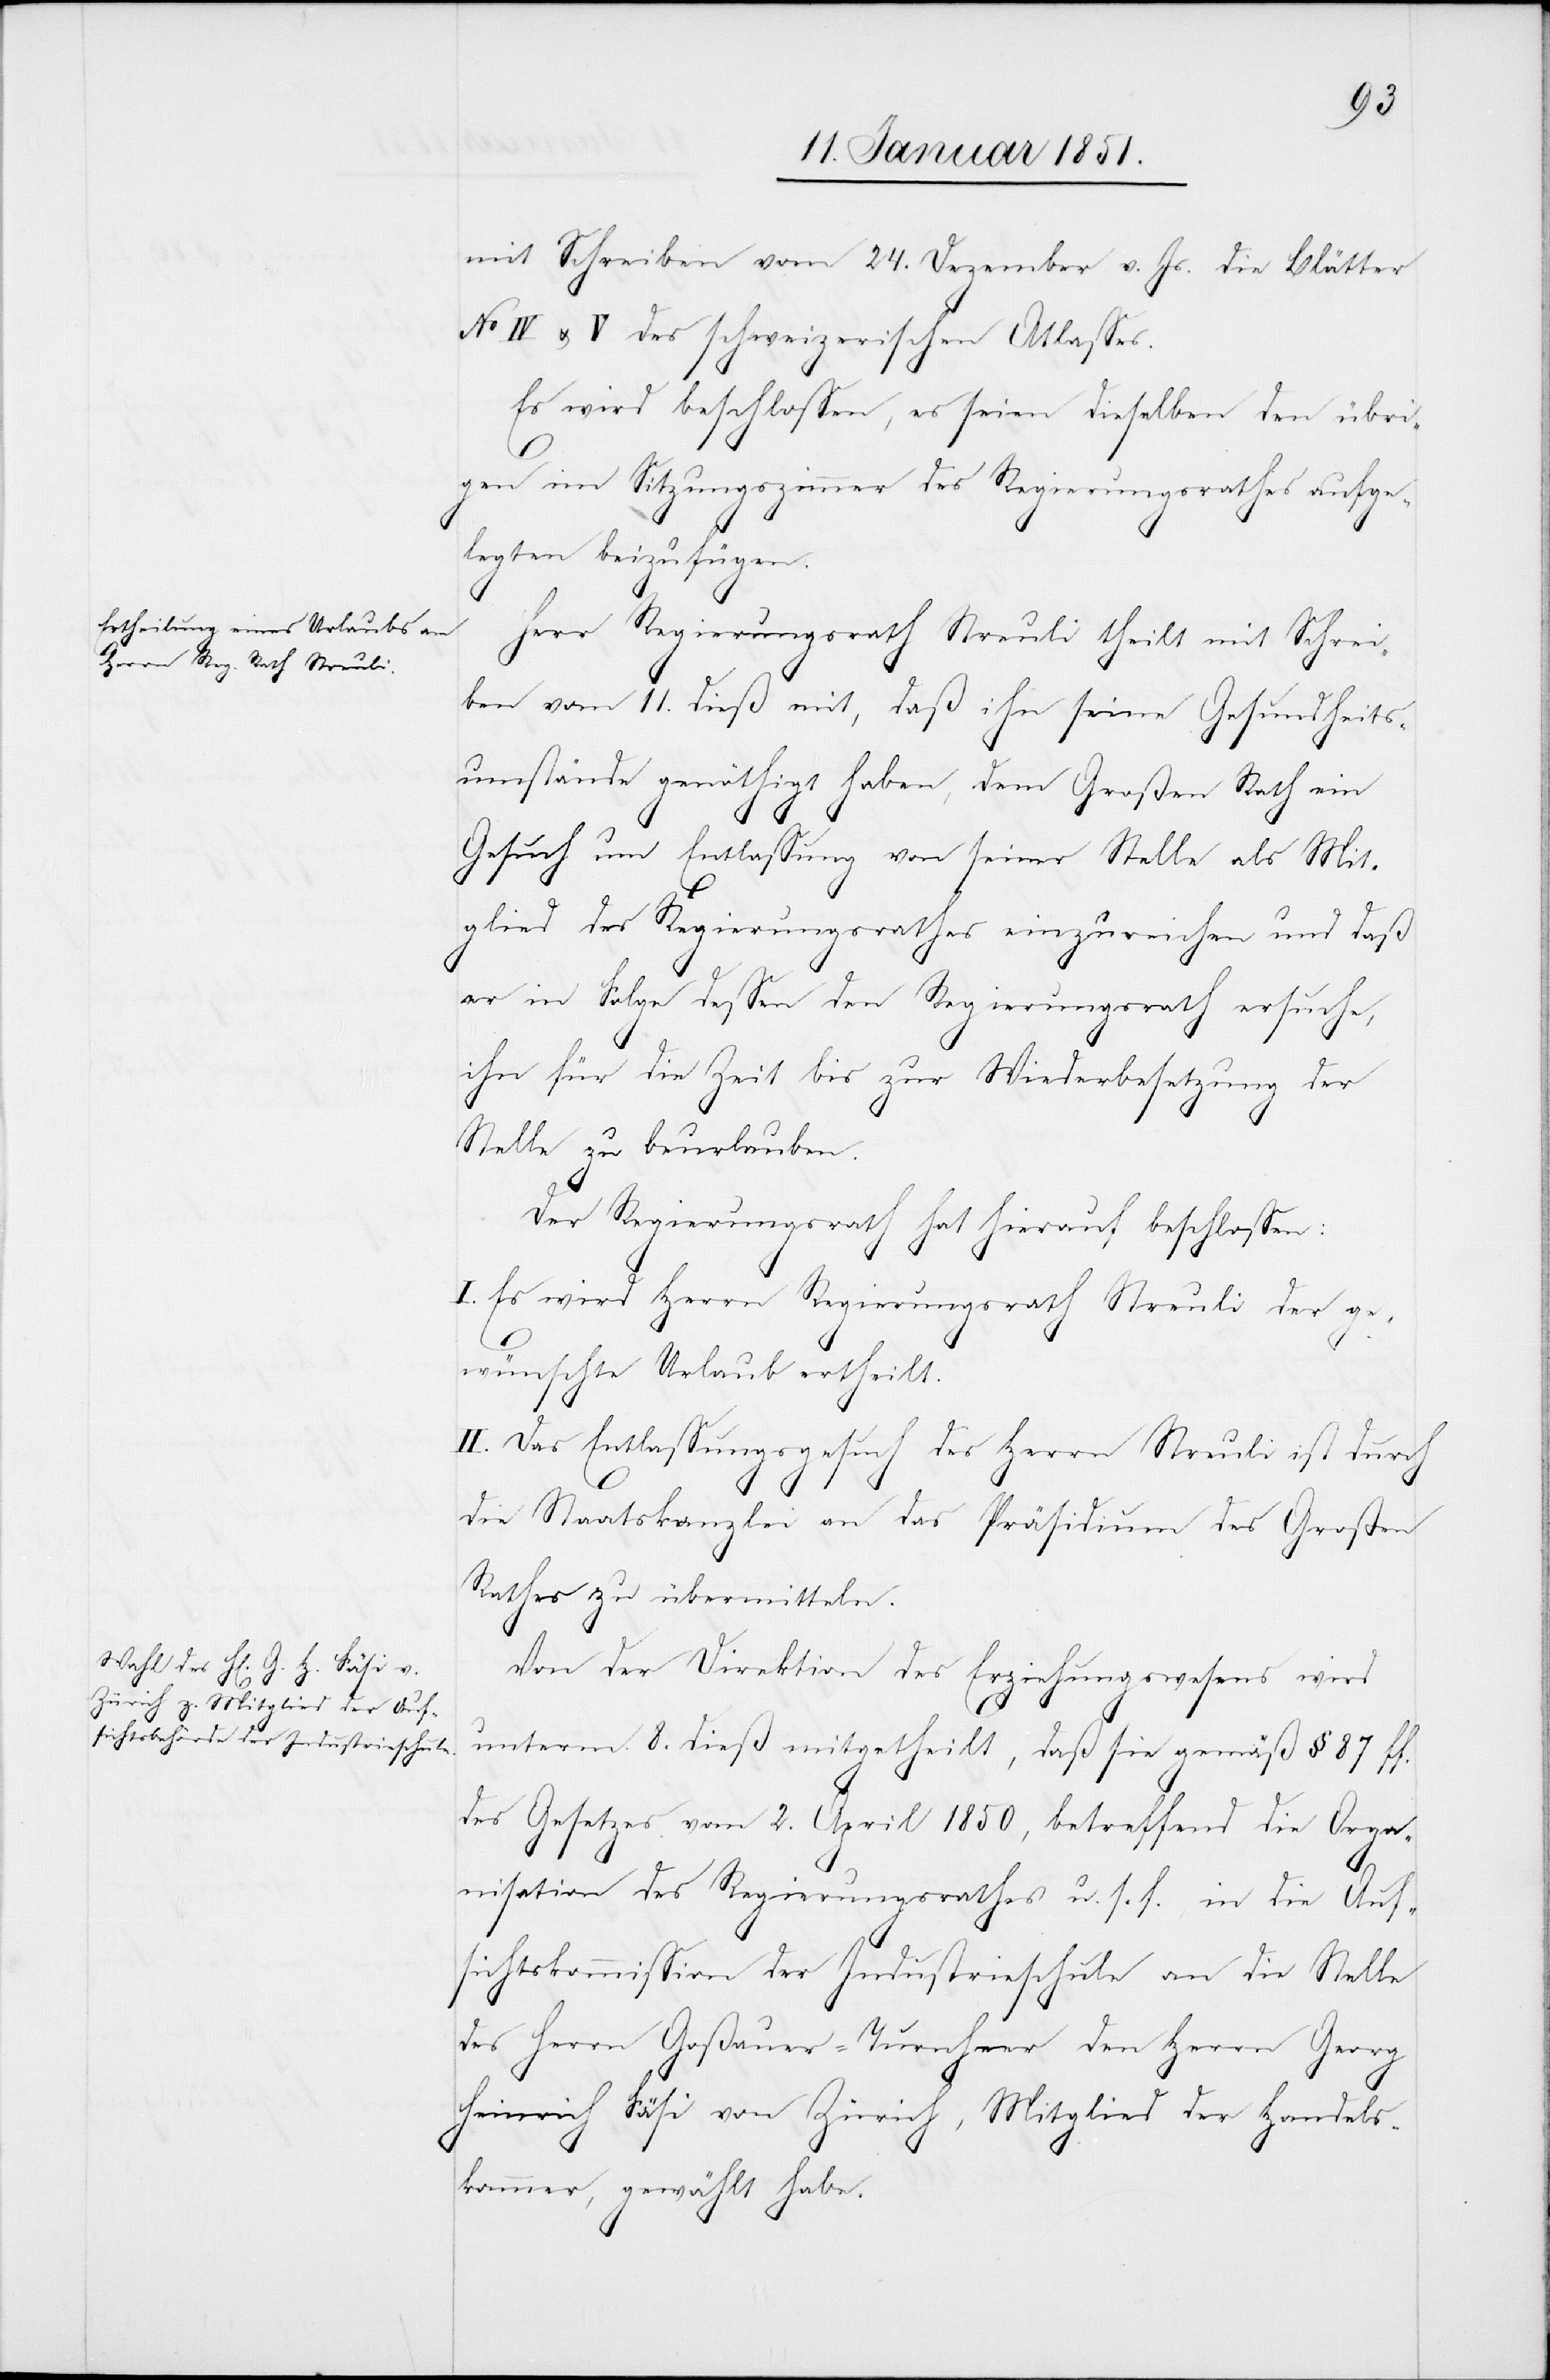
mit Schreiben vom 24. Dezember v. Js. die Blätter
No IV & V des schweizerischen Atlasses.
Es wird beschlossen, es seien dieselben den übri¬
gen im Sitzungszimmer des Regierungsrathes aufge¬
legten beizufügen.
Herr Regierungsrath Streuli theilt mit Schrei¬
ben vom 11. dieß mit, daß ihn seine Gesundheits¬
umstände genöthigt haben, dem Großen Rath ein
Gesuch um Entlassung von seiner Stelle als Mit¬
glied des Regierungsrathes einzureichen und daß
er in Folge dessen den Regierungsrath ersuche,
ihn für die Zeit bis zur Wiederbesetzung der
Stelle zu beurlauben.
Der Regierungsrath hat hierauf beschlossen:
I. Es wird Herrn Regierungsrath Streuli der ge¬
wünschte Urlaub ertheilt.
II. Das Entlassungsgesuch des Herrn Streuli ist durch
die Staatskanzlei an das Präsidium des Großen
Rathes zu übermitteln.
Von der Direktion des Erziehungswesens wird
unterm 8. dieß mitgetheilt, daß sie gemäß § 87 ff.
des Gesetzes vom 2. April 1850, betreffend die Orga¬
nisation des Regierungsrathes u. s. f., in die Auf¬
sichtskommission der Industrieschule an die Stelle
des Herrn Goßauer-Turnheer den Herrn Georg
Heinrich Fäsi von Zürich, Mitglied der Handels¬
kammer, gewählt habe.